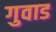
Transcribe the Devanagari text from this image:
गुवाड